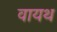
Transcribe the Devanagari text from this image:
वायथ